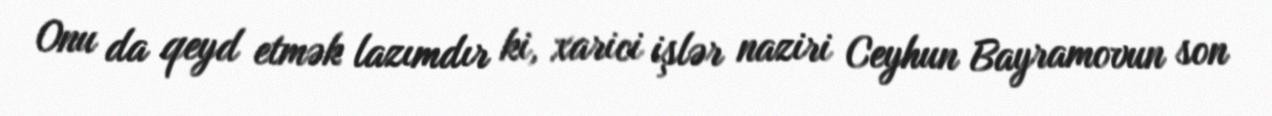
Onu da qeyd etmək lazımdır ki, xarici işlər naziri Ceyhun Bayramovun son